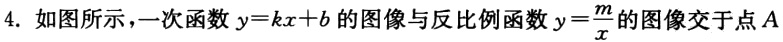
4. 如图所示，一次函数\(y = kx + b\)的图像与反比例函数\(y=\frac{m}{x}\)的图像交于点\(A\)